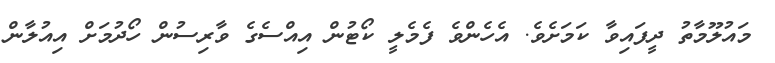
މައުލޫމާތު ދީފައިވާ ކަމަށެވެ. އެހެންވެ ފެމެލީ ކޯޓުން އިއްސެގެ ވާރިސުން ހޯދުމަށް އިއުލާން